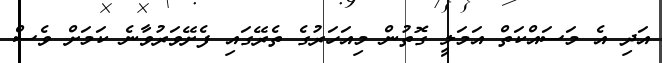
އަދި އެ މަސައްކަތް އަމަލީ ގޮތުން މިއަހަރުގެ ތެރޭގައި ފެށޭވަރުވާނެ ކަމަށް ވެސް